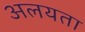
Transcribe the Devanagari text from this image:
अलयता